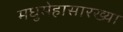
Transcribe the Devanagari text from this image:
मधुमेहासारख्या